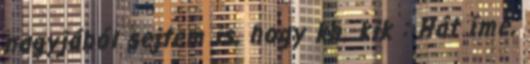
nagyjából sejtem is, hogy kb. kik : Hát íme,